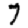
Digit: 7